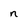
Character: n